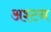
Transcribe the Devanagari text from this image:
अश्टन